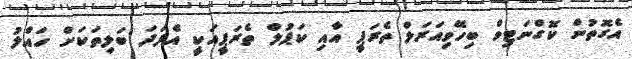
އެގޮތުން ކޮގްނަޓިވް ބިހޭވިއަރަލް ތެރަޕީ އާއި ކަޕުލް ތެރަޕީއަކީ އެފަދަ ބަލިތަކަށް ހައްލު